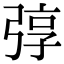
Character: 弴